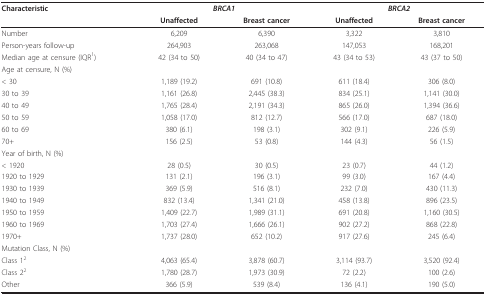
<table><thead><tr><td><b>Characteristic</b></td><td colspan="2"><b><i>BRCA1</i></b></td><td colspan="2"><b><i>BRCA2</i></b></td></tr><tr><td></td><td><b>Unaffected</b></td><td><b>Breast cancer</b></td><td><b>Unaffected</b></td><td><b>Breast cancer</b></td></tr></thead><tbody><tr><td>Number</td><td>6,209</td><td>6,390</td><td>3,322</td><td>3,810</td></tr><tr><td>Person-years follow-up</td><td>264,903</td><td>263,068</td><td>147,053</td><td>168,201</td></tr><tr><td>Median age at censure (IQR<sup>1</sup>)</td><td>42 (34 to 50)</td><td>40 (34 to 47)</td><td>43 (34 to 53)</td><td>43 (37 to 50)</td></tr><tr><td>Age at censure, N (%)</td><td></td><td></td><td></td><td></td></tr><tr><td>&lt; 30</td><td>1,189 (19.2)</td><td>691 (10.8)</td><td>611 (18.4)</td><td>306 (8.0)</td></tr><tr><td>30 to 39</td><td>1,161 (26.8)</td><td>2,445 (38.3)</td><td>834 (25.1)</td><td>1,141 (30.0)</td></tr><tr><td>40 to 49</td><td>1,765 (28.4)</td><td>2,191 (34.3)</td><td>865 (26.0)</td><td>1,394 (36.6)</td></tr><tr><td>50 to 59</td><td>1,058 (17.0)</td><td>812 (12.7)</td><td>566 (17.0)</td><td>687 (18.0)</td></tr><tr><td>60 to 69</td><td>380 (6.1)</td><td>198 (3.1)</td><td>302 (9.1)</td><td>226 (5.9)</td></tr><tr><td>70+</td><td>156 (2.5)</td><td>53 (0.8)</td><td>144 (4.3)</td><td>56 (1.5)</td></tr><tr><td>Year of birth, N (%)</td><td></td><td></td><td></td><td></td></tr><tr><td>&lt; 1920</td><td>28 (0.5)</td><td>30 (0.5)</td><td>23 (0.7)</td><td>44 (1.2)</td></tr><tr><td>1920 to 1929</td><td>131 (2.1)</td><td>196 (3.1)</td><td>99 (3.0)</td><td>167 (4.4)</td></tr><tr><td>1930 to 1939</td><td>369 (5.9)</td><td>516 (8.1)</td><td>232 (7.0)</td><td>430 (11.3)</td></tr><tr><td>1940 to 1949</td><td>832 (13.4)</td><td>1,341 (21.0)</td><td>458 (13.8)</td><td>896 (23.5)</td></tr><tr><td>1950 to 1959</td><td>1,409 (22.7)</td><td>1,989 (31.1)</td><td>691 (20.8)</td><td>1,160 (30.5)</td></tr><tr><td>1960 to 1969</td><td>1,703 (27.4)</td><td>1,666 (26.1)</td><td>902 (27.2)</td><td>868 (22.8)</td></tr><tr><td>1970+</td><td>1,737 (28.0)</td><td>652 (10.2)</td><td>917 (27.6)</td><td>245 (6.4)</td></tr><tr><td>Mutation Class, N (%)</td><td></td><td></td><td></td><td></td></tr><tr><td>Class 1<sup>2</sup></td><td>4,063 (65.4)</td><td>3,878 (60.7)</td><td>3,114 (93.7)</td><td>3,520 (92.4)</td></tr><tr><td>Class 2<sup>2</sup></td><td>1,780 (28.7)</td><td>1,973 (30.9)</td><td>72 (2.2)</td><td>100 (2.6)</td></tr><tr><td>Other</td><td>366 (5.9)</td><td>539 (8.4)</td><td>136 (4.1)</td><td>190 (5.0)</td></tr></tbody></table>